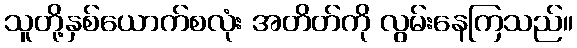
သူတို့နှစ်ယောက်စလုံး အတိတ်ကို လွမ်းနေကြသည်။